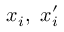
x _ { i } , \ x _ { i } ^ { \prime }